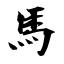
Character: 馬